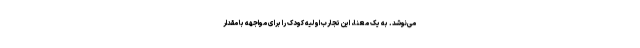
می‌نوشد. به یک معنا، این تجارب اولیه کودک را برای مواجهه با مقدار